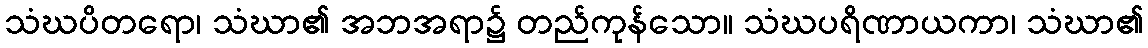
သံဃပိတရော၊ သံဃာ၏ အဘအရာ၌ တည်ကုန်သော။ သံဃပရိဏာယကာ၊ သံဃာ၏